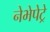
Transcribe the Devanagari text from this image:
नेभेपेट्रे